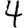
Digit: 4